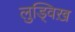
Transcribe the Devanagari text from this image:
लुड्विख़